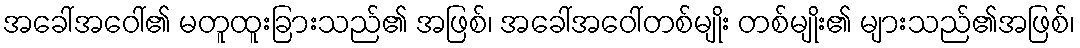
အခေါ်အဝေါ်၏ မတူထူးခြားသည်၏ အဖြစ်၊ အခေါ်အဝေါ်တစ်မျိုး တစ်မျိုး၏ များသည်၏အဖြစ်၊